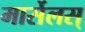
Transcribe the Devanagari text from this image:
मार्सेलस्